Civil Veterinary Department. Central Provinces & Berar 1932-41 - 1932-1941
Year: 1932
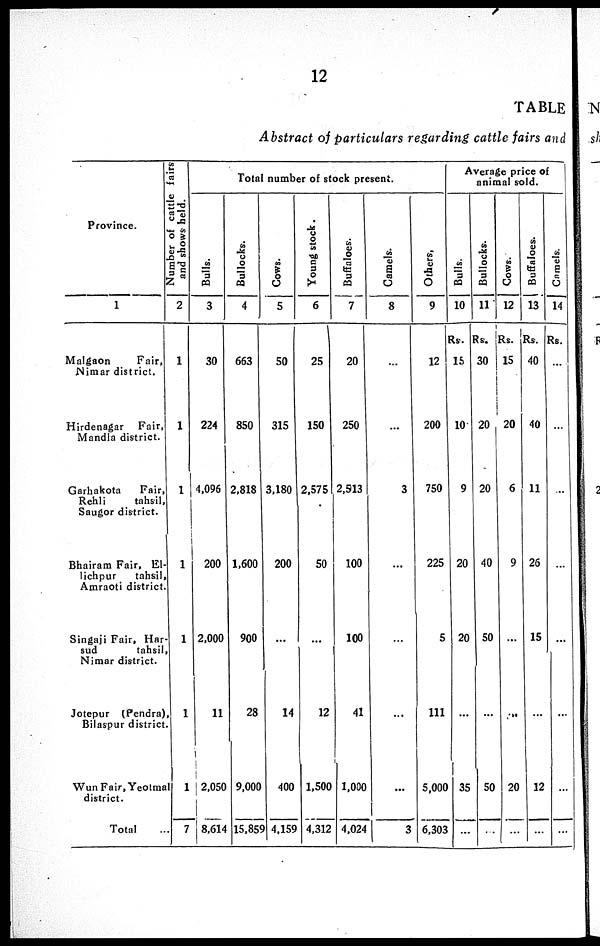
12
TABLE
Abstract of particulars regarding cattle fairs and
Province.
1
Malgaon
Fair,
Nimar district.
Hirdenagar
Fair,
Mandla district.
Garhakota
Fair,
Rehli
tahsil,
Saugor district.
Bhairam Fair, El-
lichpur
tahsil,
Amraoti district.
Singaji Fair, Har-
sud
tahsil,
Nimar district.
Jotepur (Pendra).
Bilaspur district.
Wun Fair, Yeotmal
district.
Total ...
Nu mb e r of c a t t l e fai rs
and shows hel d.
2
1
1
1
1
1
1
1
7
Total number of stock present.
Bulls.
3
30
224
4,096
200
2,000
11
2,050
8,614
Bullocks.
4
663
850
2,818
1,600
900
28
9,000
15,859
Cows.
5
50
315
3,180
200
...
14
400
4,159
Young stock.
6
25
150
2,575
50
...
12
1,500
4,312
Buffaloes.
7
20
250
2,513
100
100
41
1,000
4,024
Camels.
8
...
...
3
...
...
...
...
3
Others.
9
12
200
750
225
5
111
5,000
6,303
Average price of
animal sold.
Bulls.
10
Rs.
15
10
9
20
20
...
35
...
Bullocks.
11
Rs.
30
20
20
40
50
...
50
...
Cows.
12
Rs.
15
20
6
9
...
...
20
...
Buffaloes.
13
Rs.
40
40
11
26
15
...
12
...
Camels.
14
Rs.
...
...
...
...
...
...
...
...